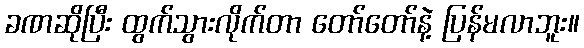
ခဏဆိုပြီး ထွက်သွားလိုက်တာ တော်တော်နဲ့ ပြန်မလာဘူး။